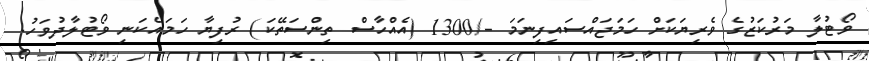
ވޯޓުލާ މަރުކަޒުގެ ވެރިޔަކަށް ހަމަޖައްސައިފިނަމަ -/1300 (އެއްހާސް ތިންސަތޭކަ) ރުފިޔާ ހަމައެކަނި ވޯޓުލާދުވަހު.